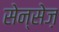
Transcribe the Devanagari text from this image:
सेन्सेज़